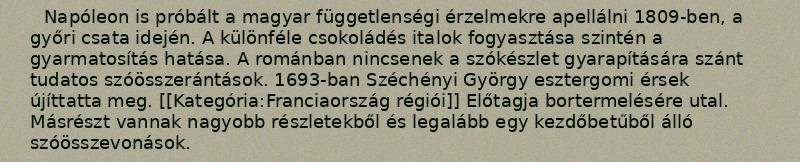
Napóleon is próbált a magyar függetlenségi érzelmekre apellálni 1809-ben, a győri csata idején. A különféle csokoládés italok fogyasztása szintén a gyarmatosítás hatása. A románban nincsenek a szókészlet gyarapítására szánt tudatos szóösszerántások. 1693-ban Széchényi György esztergomi érsek újíttatta meg. [[Kategória:Franciaország régiói]] Előtagja bortermelésére utal. Másrészt vannak nagyobb részletekből és legalább egy kezdőbetűből álló szóösszevonások.